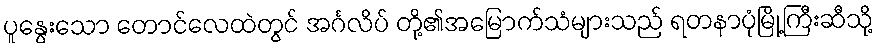
ပူနွေးသော တောင်လေထဲတွင် အင်္ဂလိပ် တို့၏အမြောက်သံများသည် ရတနာပုံမြို့ကြီးဆီသို့